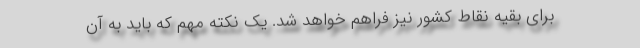
برای بقیه نقاط کشور نیز فراهم خواهد شد. یک نکته مهم که باید به آن